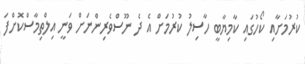
ކުރުމަށާއި ކޯހުގައި ކާމިޔާބީ ހާސިލު ކުރުމަށް އެ ދެ ނޫސްވެރިންނަށް ވަނީ އިލްތިމާސްކޮށްފަ